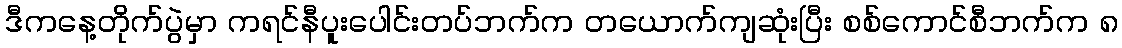
ဒီကနေ့တိုက်ပွဲမှာ ကရင်နီပူးပေါင်းတပ်ဘက်က တယောက်ကျဆုံးပြီး စစ်ကောင်စီဘက်က ၈